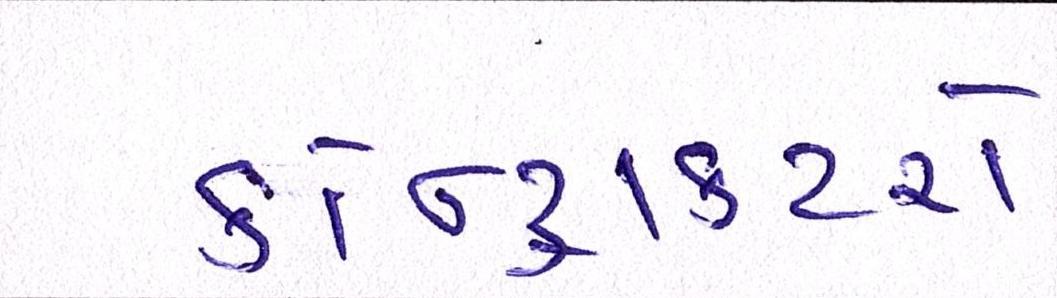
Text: કોન્ટ્રાક્ટરો